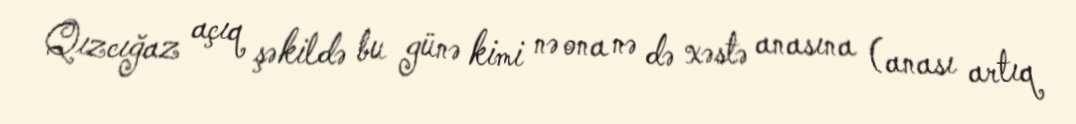
Qızcığaz açıq şəkildə bu günə kimi nə ona nə də xəstə anasına (anası artıq